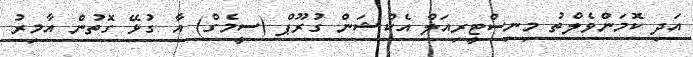
އަދި ކޮމަންވެލްތު މިނިސްޓީރިއަލް އެކްޝަން ގުރޫޕް (ސީމެގް) އާ ގުޅޭ ގޮތުން އާމިރު